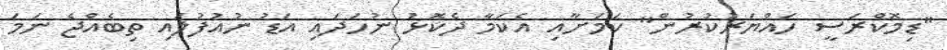
"ޑިމޮކްރަސީ ހައްޔަރުކުރުން" ކަމަށާއި އެކަމާ ދެކޮޅު ނުހަދައި އަޑު ނުއުފުލައި ތިބެއްޖެ ނަމަ